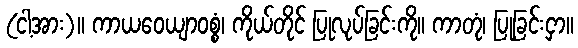
(ငါ့အား)။ ကာယဝေယျာဝစ္စံ၊ ကိုယ်တိုင် ပြုလုပ်ခြင်းကို။ ကာတုံ၊ ပြုခြင်းငှာ။